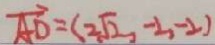
\overrightarrow { A D } = ( 2 \sqrt { 2 } , - 2 , - 2 )